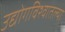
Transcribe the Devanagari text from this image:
उद्योगविश्वातल्या